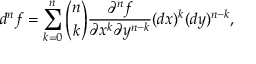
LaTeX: d ^ { n } f = \sum _ { k = 0 } ^ { n } { \binom { n } { k } } { \frac { \partial ^ { n } f } { \partial x ^ { k } \partial y ^ { n - k } } } ( d x ) ^ { k } ( d y ) ^ { n - k } ,